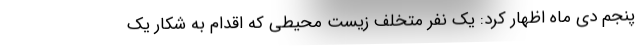
پنجم دی ماه اظهار کرد: یک نفر متخلف زیست محیطی که اقدام به شکار یک